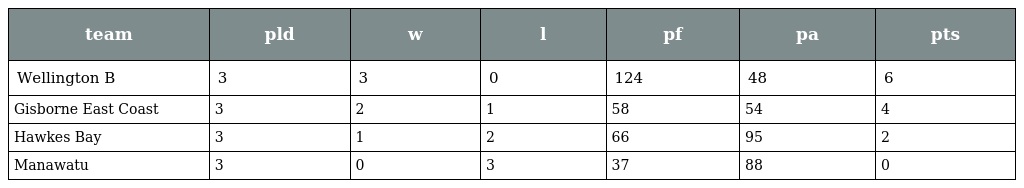
| team | pld | w | l | pf | pa | pts |
 | --- | --- | --- | --- | --- | --- | --- |
 | Wellington B | 3 | 3 | 0 | 124 | 48 | 6 |
 | Gisborne East Coast | 3 | 2 | 1 | 58 | 54 | 4 |
 | Hawkes Bay | 3 | 1 | 2 | 66 | 95 | 2 |
 | Manawatu | 3 | 0 | 3 | 37 | 88 | 0 |